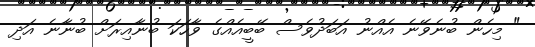
" މިހެން ބުނެވޭނެ އެއްނު އަބަދުވެސް ބޭބީއެއްގެ ވާހަކަ ބުނާއިރަށް ބުނާނެ އަދި